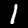
Digit: 1